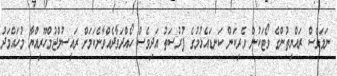
ނަމަވެސް ރައްޔިތުންގެ ވޯޓަކުން ވެރިކަން ކަނޑައެޅުމުގެ ފުރުސަތު އަދިވެސް ހޯއްދަވާދެއްވާނެކަމަށް ރައީސުލްޖުމްހޫރިއްޔާ މުހައްމަދު